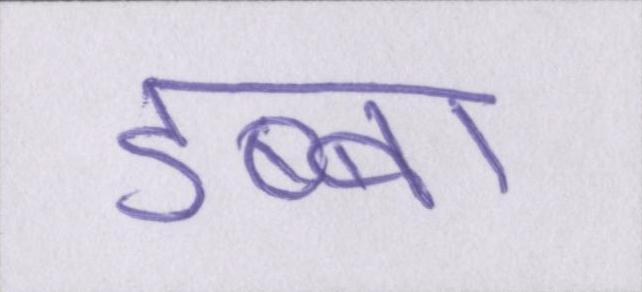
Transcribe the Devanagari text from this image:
डब्बा